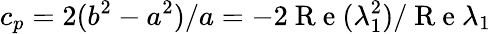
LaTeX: c_{p}=2(b^{2}-a^{2})/a=-2\mathrm{~R~e~}(\lambda_{1}^{2})/\mathrm{~R~e~}\lambda_{1}